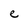
Character: e